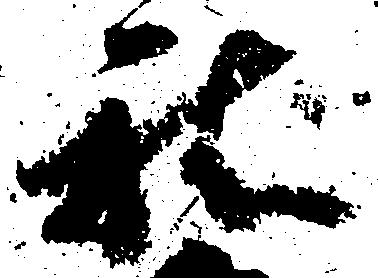
社